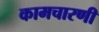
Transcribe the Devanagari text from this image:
कामचारणी